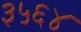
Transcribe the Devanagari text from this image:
३५६४